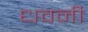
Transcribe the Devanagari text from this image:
धवनी